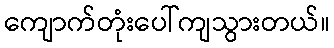
ကျောက်တုံးပေါ်ကျသွားတယ်။